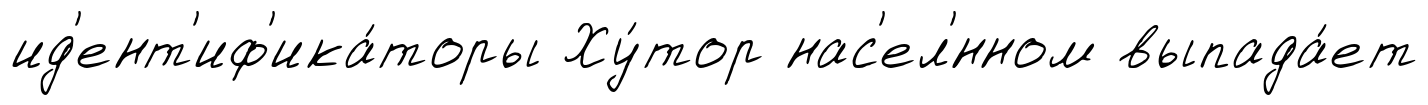
ид'ент'иф'ика́торы Ху́тор нас'ел'́нном выпада́ет